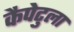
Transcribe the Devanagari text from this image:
कैपेटुला